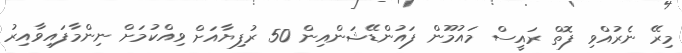
މިރޭ ނެރުއްވި ފޮތް ރައީސް މައުމޫން ފައުންޑޭޝަންއިން 50 ރުފިޔާއަށް ވިއްކުމަށް ނިންމާފައިވާއިރު